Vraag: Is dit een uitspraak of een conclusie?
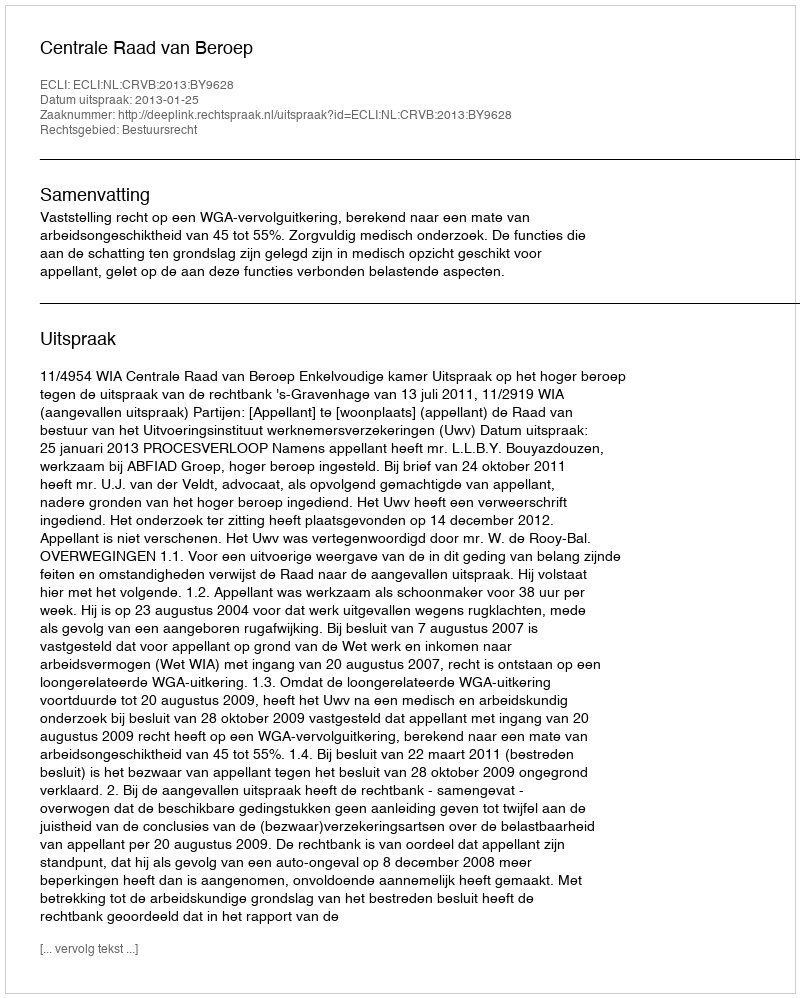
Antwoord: Uitspraak